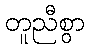
တူညီစွာ